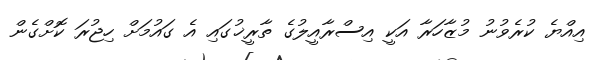
އިއްޔެ ކުރެވުނު މުޒާހަރާ އަކީ އިސްރާއީލުގެ ތާރީޚުގައި އެ ގައުމަށް ހިޖުރަ ކޮށްގެން